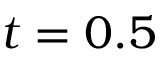
t = 0 . 5